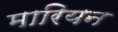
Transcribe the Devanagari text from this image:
मारियन